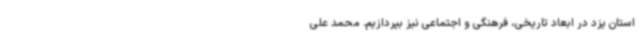
استان یزد در ابعاد تاریخی، فرهنگی و اجتماعی نیز بپردازیم. محمد علی